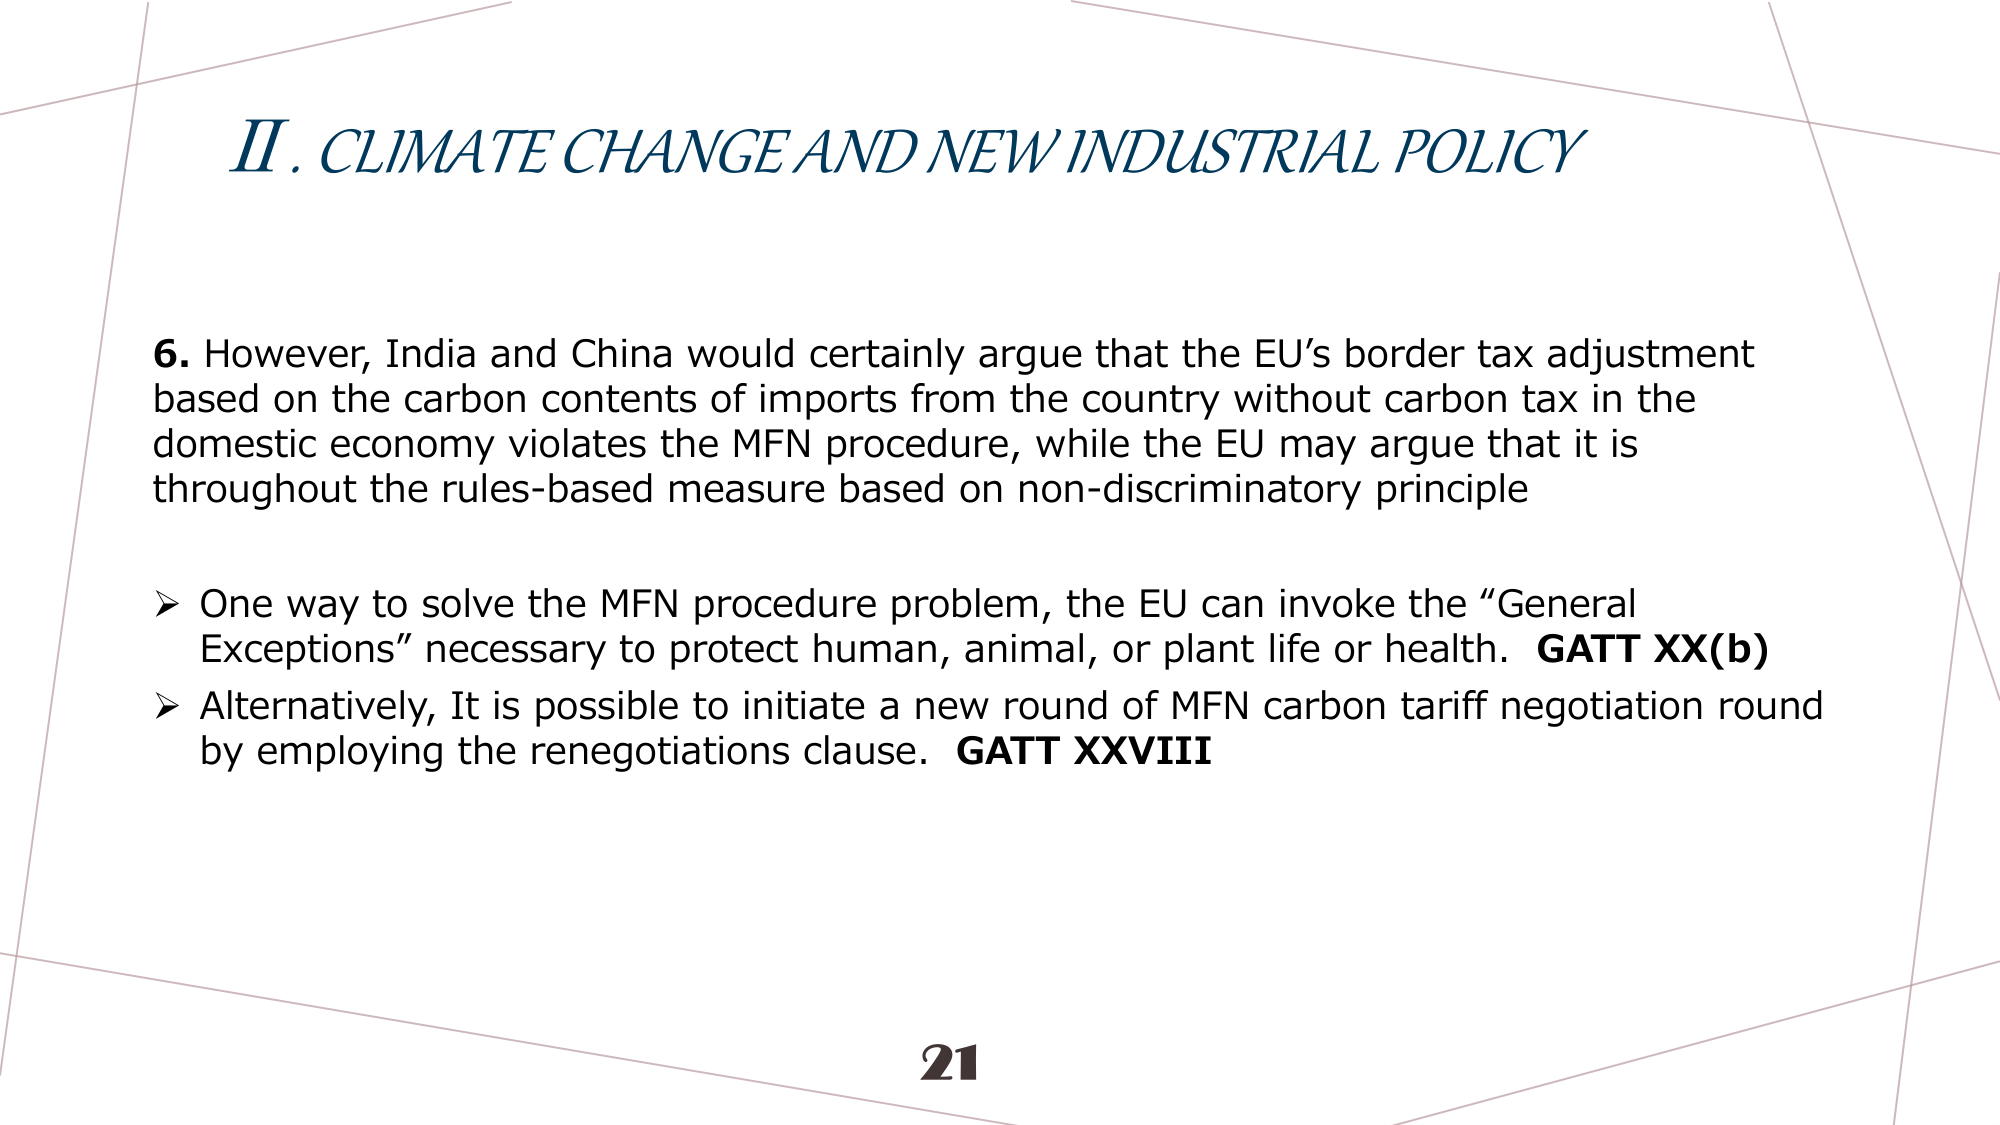
II. CLIMATE CHANGE AND NEW INDUSTRIAL POLICY

6. However, India and China would certainly argue that the EU’s border tax adjustment based on the carbon contents of imports from the country without carbon tax in the domestic economy violates the MFN procedure, while the EU may argue that it is throughout the rules-based measure based on non-discriminatory principle

➤ One way to solve the MFN procedure problem, the EU can invoke the “General Exceptions” necessary to protect human, animal, or plant life or health. GATT XX(b)

➤ Alternatively, It is possible to initiate a new round of MFN carbon tariff negotiation round by employing the renegotiations clause. GATT XXVIII

21